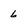
Character: 6